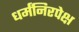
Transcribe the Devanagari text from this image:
धर्मंनिरपेक्ष